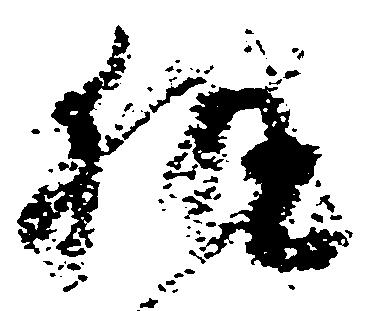
執